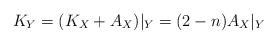
LaTeX: \begin{align*}K_Y = (K_X + A_X)\vert_Y = (2 - n)A_X\vert_Y\end{align*}